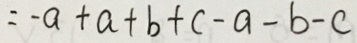
= - a + a + b + c - a - b - c